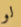
لو